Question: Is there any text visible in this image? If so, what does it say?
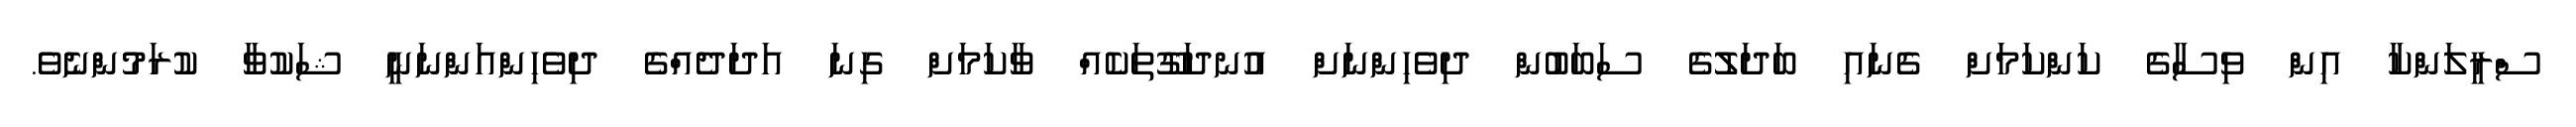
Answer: ސްރީލަންކާ އިން ވިސާގެ ކަންކަމަށް ގެނައި ބަދަލުގެ ސަބަބުން ދިވެހިންނަށް އުނދަގޫތަކެއް ވާކަމަށް ގިނަ އަދަދެއްގެ ދިވެހިންއަންނަނީ ޝަކުވާ ކުރަމުންނެވެ.